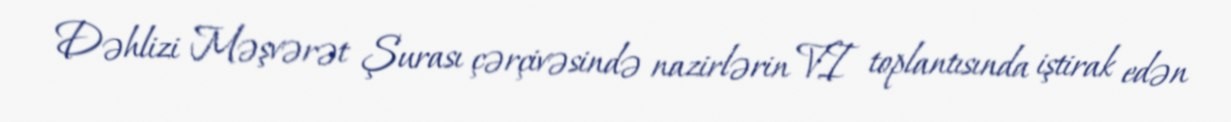
Dəhlizi Məşvərət Şurası çərçivəsində nazirlərin VI toplantısında iştirak edən